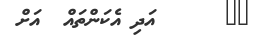
٢٠      އަދި އެކަންތައް  އަށް